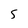
Character: 5